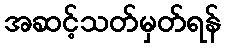
အဆင့်သတ်မှတ်ရန်